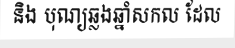
និង បុណ្យឆ្លងឆ្នាំសកល ដែល